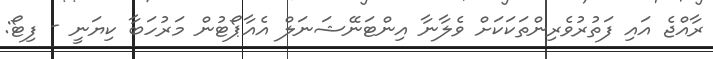
ރާއްޖެ އައި ފަތުރުވެރިންތަކަކަށް ވެލާނާ އިންޓަނޭޝަނަލް އެއާޕޯޓުން މަރުހަބާ ކިޔަނީ - ފިޓޯ: